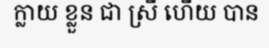
ក្លាយ ខ្លួន ជា ស្រី ហើយ បាន